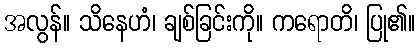
အလွန်။ သိနေဟံ၊ ချစ်ခြင်းကို။ ကရောတိ၊ ပြု၏။